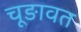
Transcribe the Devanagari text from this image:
चूङावत